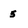
Character: 5